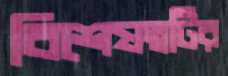
বিশেষত্বটির